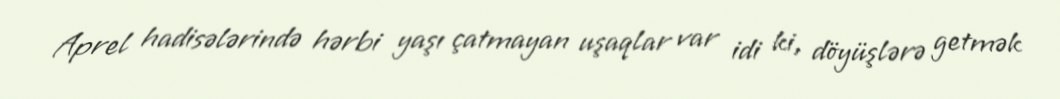
Aprel hadisələrində hərbi yaşı çatmayan uşaqlar var idi ki, döyüşlərə getmək